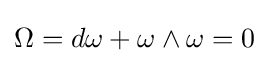
\Omega =d\omega +\omega \wedge \omega =0